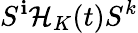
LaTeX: S^{\mathbf{i}}\mathcal{{H}}_{K}(t)S^{k}